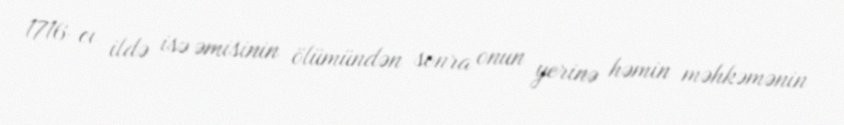
1716-cı ildə isə əmisinin ölümündən sonra onun yerinə həmin məhkəmənin